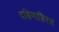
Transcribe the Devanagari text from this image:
दक्षिणाशिरसं